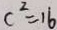
c ^ { 2 } = 1 6